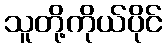
သူတို့ကိုယ်ပိုင်